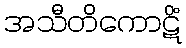
အသီတိကောဋိံ